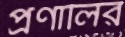
প্রণালির